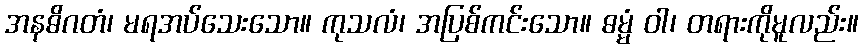
အနဓိဂတံ၊ မရအပ်သေးသော။ ကုသလံ၊ အပြစ်ကင်းသော။ ဓမ္မံ ဝါ၊ တရားကိုမူလည်း။